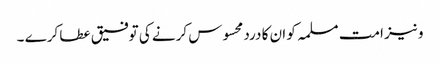
و نیز امت مسلمہ کو ان کا درد محسوس کرنے کی توفیق عطا کرے ۔